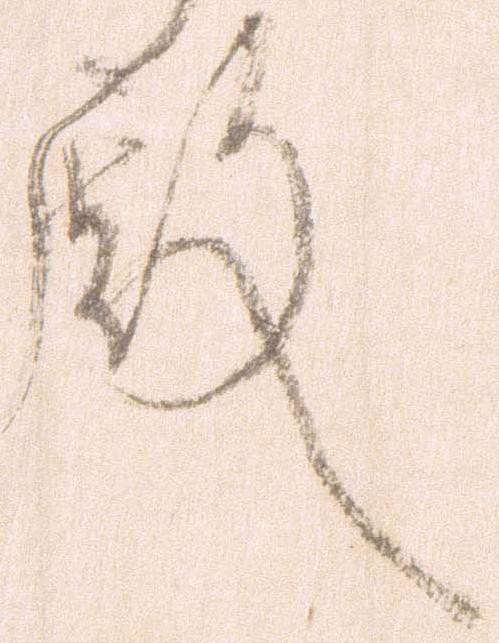
殿